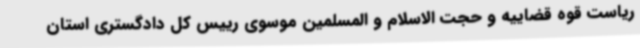
ریاست قوه قضاییه و حجت الاسلام و المسلمین موسوی رییس کل دادگستری استان